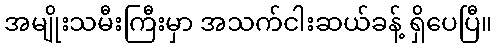
အမျိုးသမီးကြီးမှာ အသက်ငါးဆယ်ခန့် ရှိပေပြီ။